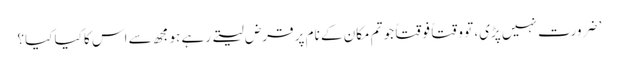
’ ضرورت نہیں پڑی، تو وقتاً فوقتاً جو تم مکان کے نام پر قرض لیتے رہے ہو مجھ سے اس کا کیا کیا؟